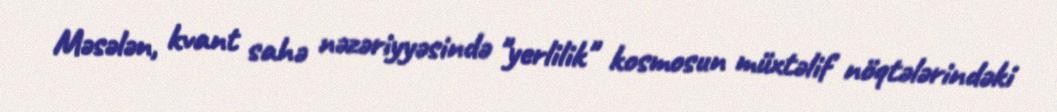
Məsələn, kvant sahə nəzəriyyəsində "yerlilik" kosmosun müxtəlif nöqtələrindəki